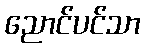
ညောင်ပင်သာ